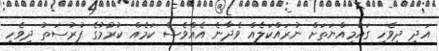
އަދި ދިވެހި ގައުމިއްޔަތަށް ނުރައްކަލެއް ވެދާނެ އެއްވެސް ކަމެއް ކުރުމުގެ ފުރުސަތު ދިވެހި